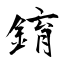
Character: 錥